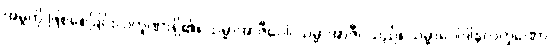
အမှုကို ဖြစ်စေခြင်းလက္ခဏာရှိ၏။ သမ္မာအာဇီဝေါ၊ သမ္မာအာဇီဝသည်။ သမ္မာဝေါဒါနလက္ခဏော၊